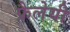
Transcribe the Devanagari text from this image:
फ्रैलेयी